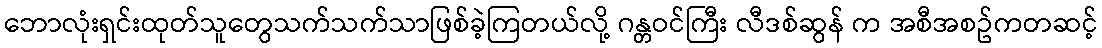
ဘောလုံးရှင်းထုတ်သူတွေသက်သက်သာဖြစ်ခဲ့ကြတယ်လို့ ဂန္တဝင်ကြီး လီဒစ်ဆွန် က အစီအစဥ်ကတဆင့်